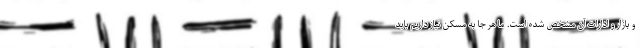
و بازار و ادارات آن مشخص شده است. ما هر جا به مسکن نیاز داریم باید